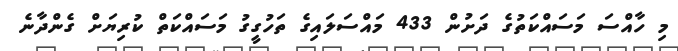
މި ހާއްސަ މަސައްކަތުގެ ދަށުން 433 މައްސަލައިގެ ތަހުގީގު މަސައްކަތް ކުރިޔަށް ގެންދާނެ